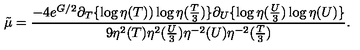
{ \tilde { \mu } } = \frac { - 4 e ^ { G / 2 } \partial _ { T } \{ \log \eta ( T ) ) \log \eta ( \frac { T } { 3 } ) \} \partial _ { U } \{ \log \eta ( \frac { U } { 3 } ) \log \eta ( U ) \} } { 9 \eta ^ { 2 } ( T ) \eta ^ { 2 } ( \frac { U } { 3 } ) \eta ^ { - 2 } ( U ) \eta ^ { - 2 } ( \frac { T } { 3 } ) } .